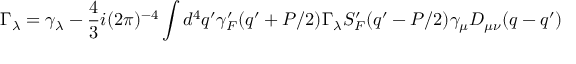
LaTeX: \Gamma _ { \lambda } = \gamma _ { \lambda } - { \frac { 4 } { 3 } } i ( 2 \pi ) ^ { - 4 } \int d ^ { 4 } q ^ { \prime } \gamma _ { F } ^ { \prime } ( q ^ { \prime } + P / 2 ) \Gamma _ { \lambda } S _ { F } ^ { \prime } ( q ^ { \prime } - P / 2 ) \gamma _ { \mu } D _ { \mu \nu } ( q - q ^ { \prime } )